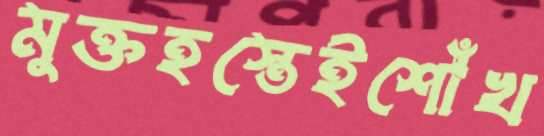
মুক্তহস্তেইশোঁখ